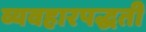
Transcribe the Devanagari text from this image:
व्यवहारपद्धती